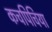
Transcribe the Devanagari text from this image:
कचपिचिया